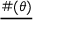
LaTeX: \underline { { \# ( \theta ) } }